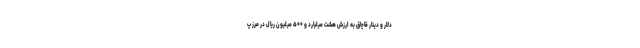
دلار و دینار قاچاق به ارزش هشت میلیارد و ۵۰۰ میلیون ریال در مرز پ